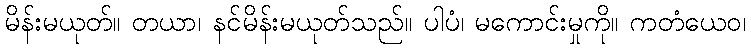
မိန်းမယုတ်။ တယာ၊ နင်မိန်းမယုတ်သည်။ ပါပံ၊ မကောင်းမှုကို။ ကတံယေဝ၊